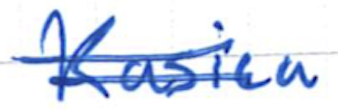
Text: Kasica
Cross-out: double-line
Writing tool: ballpoint